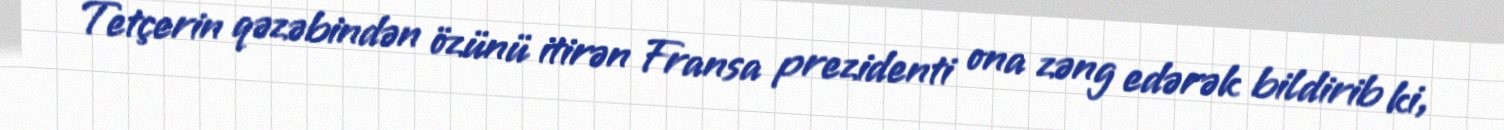
Tetçerin qəzəbindən özünü itirən Fransa prezidenti ona zəng edərək bildirib ki,